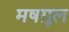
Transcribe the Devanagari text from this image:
मषग़ूल